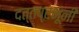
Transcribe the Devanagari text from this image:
दत्तप्रभूंनी